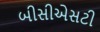
બીસીએસટી